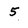
Character: 5